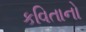
કવિતાનો